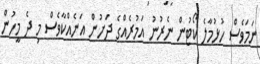
ނަމަވެސް ހުޅުމާލެ ކޯޓުން ނެރުނު އަމުރެއްގެ ދަށުން އަނެއްކާވެސް މި ދެ މީހުން